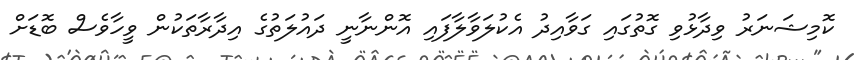
ކޮމިޝަނަރު ވިދާޅުވި ގޮތުގައި ގަވާއިދު އެކުލަވާލާފައި އޮންނާނީ ދައުލަތުގެ އިދާރާތަކުން ވީހާވެސް ބޮޑަށް